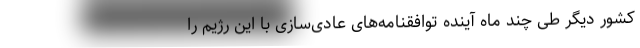
کشور دیگر طی چند ماه آینده توافقنامه‌های عادی‌سازی با این رژیم را